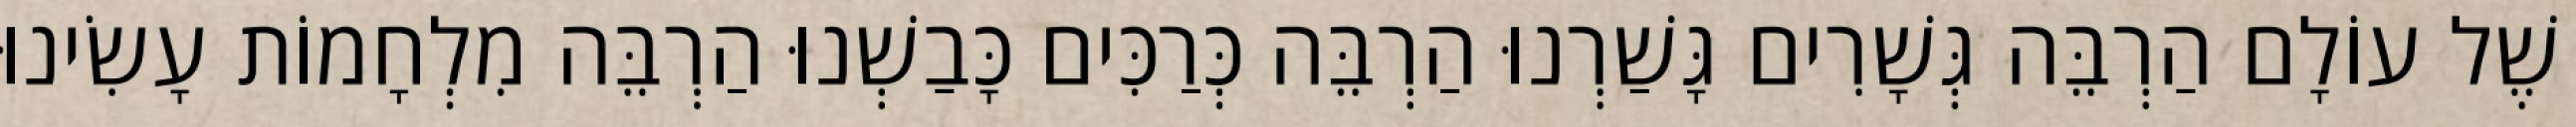
שֶׁל עוֹלָם הַרְבֵּה גְּשָׁרִים גָּשַׁרְנוּ הַרְבֵּה כְּרַכִּים כָּבַשְׁנוּ הַרְבֵּה מִלְחָמוֹת עָשִׂינוּ